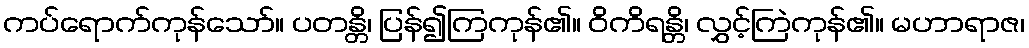
ကပ်ရောက်ကုန်သော်။ ပတန္တိ၊ ပြန်၍ကြကုန်၏။ ဝိကိရန္တိ၊ လွှင့်ကြဲကုန်၏။ မဟာရာဇ၊